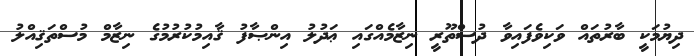
ދިޔުމަކީ ބާރުތައް ވަކިވެފައިވާ ދުސްތޫރީ ނިޒާމެއްގައި ޢަދުލު އިންޞާފު ޤާއިމުކުރުމުގެ ނިޒާމް މުސްތަޤިއްލު